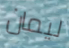
ليمان